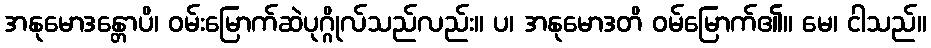
အနုမောဒန္တောပိ၊ ဝမ်းမြောက်ဆဲပုဂ္ဂိုလ်သည်လည်း။ ပ၊ အနုမောဒတိ ဝမ်မြောက်၏။ မေ၊ ငါသည်။